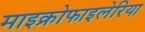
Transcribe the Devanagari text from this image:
माइक्रोफाइलेरिया